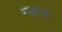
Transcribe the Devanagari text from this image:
नकफ